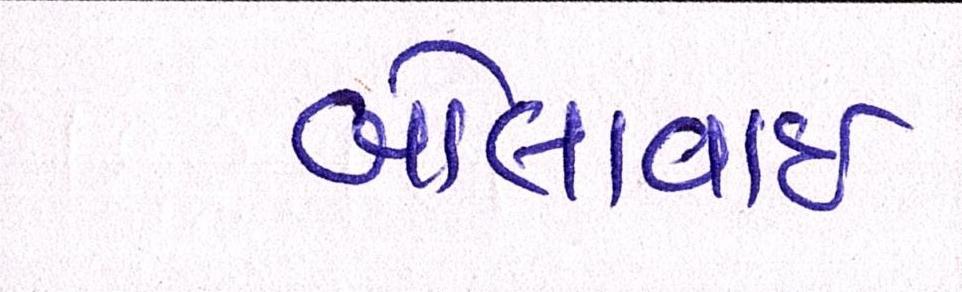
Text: બોલાવાઇ